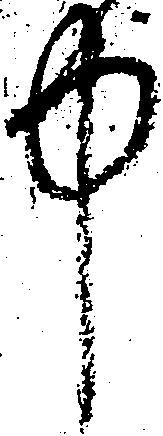
中